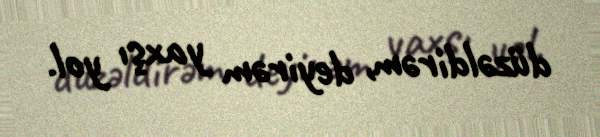
düzəldirəm, deyirəm yaxşı yol.